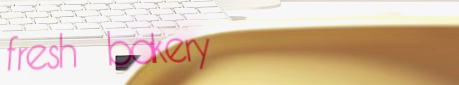
fresh bakery